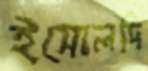
ইসোলদি